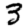
Digit: 3